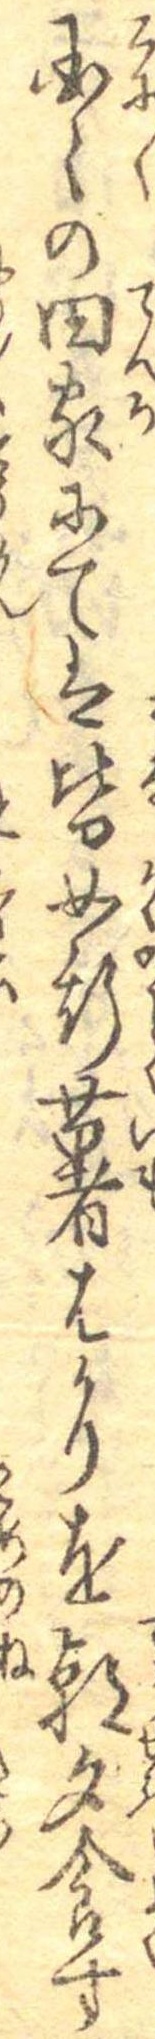
国々の田家にては皆如斯薯はかりを朝夕食す